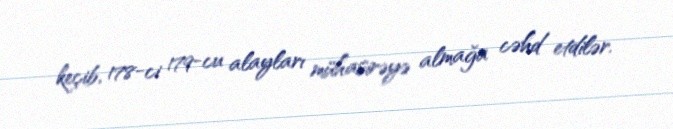
keçib, 178-ci 179-cu alayları mühasirəyə almağa cəhd etdilər.